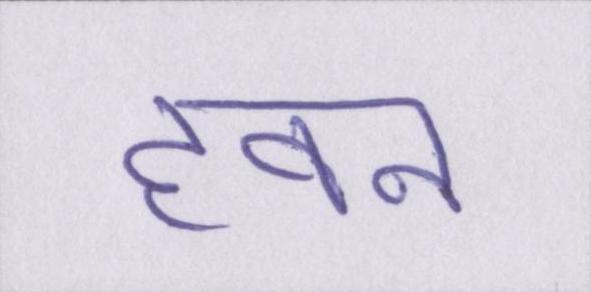
हवन